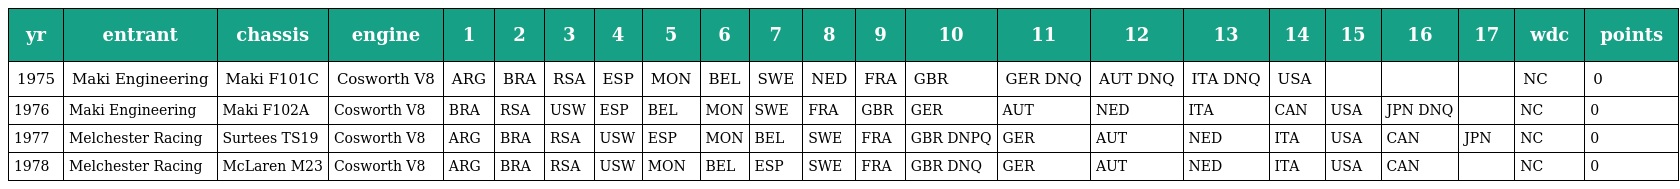
| yr | entrant | chassis | engine | 1 | 2 | 3 | 4 | 5 | 6 | 7 | 8 | 9 | 10 | 11 | 12 | 13 | 14 | 15 | 16 | 17 | wdc | points |
 | --- | --- | --- | --- | --- | --- | --- | --- | --- | --- | --- | --- | --- | --- | --- | --- | --- | --- | --- | --- | --- | --- | --- |
 | 1975 | Maki Engineering | Maki F101C | Cosworth V8 | ARG | BRA | RSA | ESP | MON | BEL | SWE | NED | FRA | GBR | GER DNQ | AUT DNQ | ITA DNQ | USA |  |  |  | NC | 0 |
 | 1976 | Maki Engineering | Maki F102A | Cosworth V8 | BRA | RSA | USW | ESP | BEL | MON | SWE | FRA | GBR | GER | AUT | NED | ITA | CAN | USA | JPN DNQ |  | NC | 0 |
 | 1977 | Melchester Racing | Surtees TS19 | Cosworth V8 | ARG | BRA | RSA | USW | ESP | MON | BEL | SWE | FRA | GBR DNPQ | GER | AUT | NED | ITA | USA | CAN | JPN | NC | 0 |
 | 1978 | Melchester Racing | McLaren M23 | Cosworth V8 | ARG | BRA | RSA | USW | MON | BEL | ESP | SWE | FRA | GBR DNQ | GER | AUT | NED | ITA | USA | CAN |  | NC | 0 |